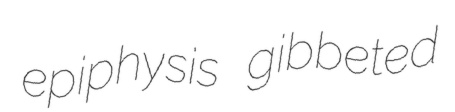
epiphysis gibbeted